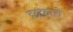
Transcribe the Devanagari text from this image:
छकाते